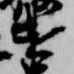
遣